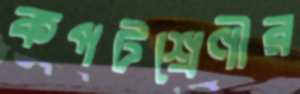
কপটশ্রেণীর